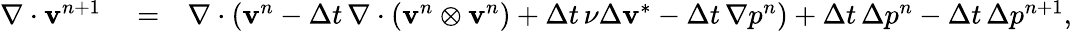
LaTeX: \begin{array}{rlr}{\nabla\cdot\mathbf{v}^{n+1}}&{{}=}&{\nabla\cdot\left(\mathbf{v}^{n}-{\Delta t}\, \nabla\cdot(\mathbf{v}^{n}\otimes\mathbf{v}^{n})+{\Delta t}\, \nu\Delta\mathbf{v}^{*}-{\Delta t}\, \nabla p^{n}\right)+{\Delta t}\, \Delta p^{n}-{\Delta t}\, \Delta p^{n+1},}\end{array}